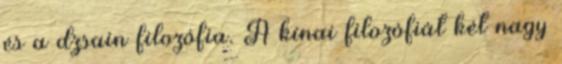
és a dzsain filozófia. A kínai filozófiát két nagy